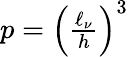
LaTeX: \begin{array}{r}{p=\left(\frac{\ell_{\nu}}{h}\right)^{3}}\end{array}